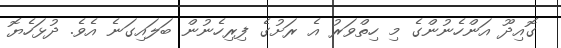
ގޮއިދޫ އަންހެނުންގެ މި ހިތްވަރު އެ ރަށުގެ ފިރިހެނުން ބަލައިގަނެ އެވެ. ދުޅަހެޔޮ